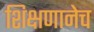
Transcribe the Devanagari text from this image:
शिक्षणानेच